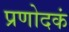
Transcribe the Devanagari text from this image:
प्रणोदकं